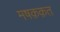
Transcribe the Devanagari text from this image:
मषक़क़त